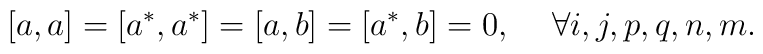
[a , a] = [a^{*}, a^{*} ] = [a , b] = [a^{*} , b ] = 0  , \hspace{5mm}\forall i, j, p, q, n, m .